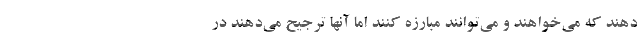
دهند که می‌خواهند و می‌توانند مبارزه کنند اما آنها ترجیح می‌دهند در